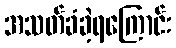
အသတ်ခံခဲ့ရကြောင်း